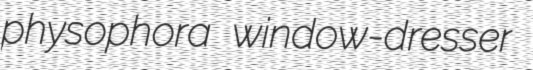
physophora window-dresser